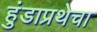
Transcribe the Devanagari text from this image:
हुंडाप्रथेचा